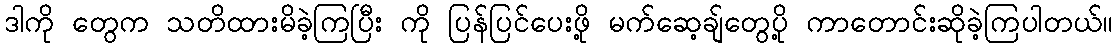
ဒါကို တွေက သတိထားမိခဲ့ကြပြီး ကို ပြန်ပြင်ပေးဖို့ မက်ဆေ့ချ်တွေပို့ ကာတောင်းဆိုခဲ့ကြပါတယ်။